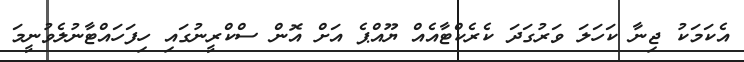
އެކަމަކު ޖިނާ ކަހަލަ ވަރުގަދަ ކެރެކްޓާއެއް ޔޫއްޕެ އަށް އޮން ސްކްރީނުގައި ހިފަހައްޓާނުލެވުނީމަ